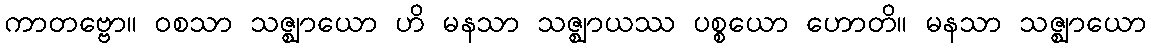
ကာတဗ္ဗော။ ဝစသာ သဇ္ဈာယော ဟိ မနသာ သဇ္ဈာယဿ ပစ္စယော ဟောတိ။ မနသာ သဇ္ဈာယော